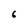
Character: 6